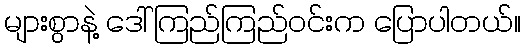
များစွာနဲ့ ဒေါ်ကြည်ကြည်ဝင်းက ပြောပါတယ်။